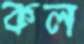
কল